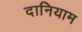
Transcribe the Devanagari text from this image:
दानियाम